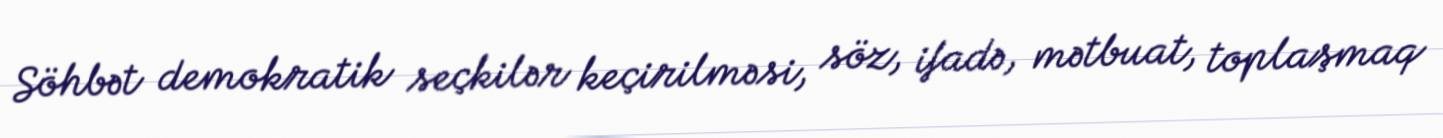
Söhbət demokratik seçkilər keçirilməsi, söz, ifadə, mətbuat, toplaşmaq